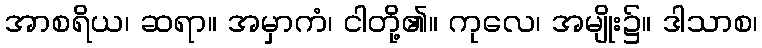
အာစရိယ၊ ဆရာ။ အမှာကံ၊ ငါတို့၏။ ကုလေ၊ အမျိုး၌။ ဒါသာစ၊